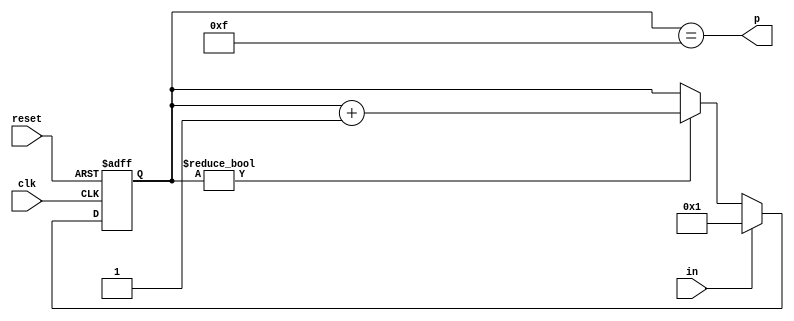
module dly300ns(input clk, input reset, input in, output p);
	reg [4-1:0] r;
	always @(posedge clk or posedge reset) begin
		if(reset)
			r <= 0;
		else begin
			if(r)
				r <= r + 4'b1;
			if(in)
				r <= 1;
		end
	end
	assign p = r == 15;
endmodule